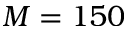
M = 1 5 0